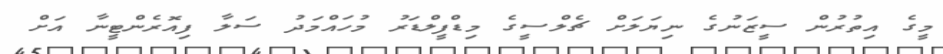
މީގެ އިތުރުން ސީޒަނުގެ ނިޔަލަށް ޗެލްސީގެ މިޑްފީލްޑަރު މުހައްމަދު ސަލާ ފިއޮރެންޓީނާ އަށް